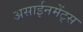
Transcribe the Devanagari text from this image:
असाईनमेंट्स